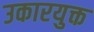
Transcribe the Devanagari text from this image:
उकारयुक्त